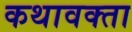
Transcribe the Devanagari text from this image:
कथावक्ता